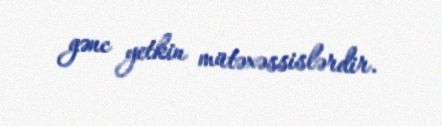
gənc yetkin mütəxəssislərdir.